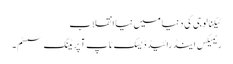
ٹیکنالوجی کی دنیا میں نیا انقلاب
ریمیکس اینڈرائیڈ ڈیسک ٹاپ آپریٹنگ سسٹم۔